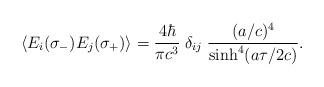
LaTeX: \begin{align*}\langle E_{i}(\sigma _{-}) E_{j}(\sigma _{+}) \rangle = {4\hbar\over\pi c^3} \; \delta_{ij} \; {(a/c)^4 \over \sinh^4(a \tau/2c)}. \hfill\qquad\qquad\end{align*}